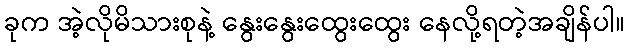
ခုက အဲ့လိုမိသားစုနဲ့ နွေးနွေးထွေးထွေး နေလို့ရတဲ့အချိန်ပါ။